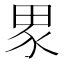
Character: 𭻊